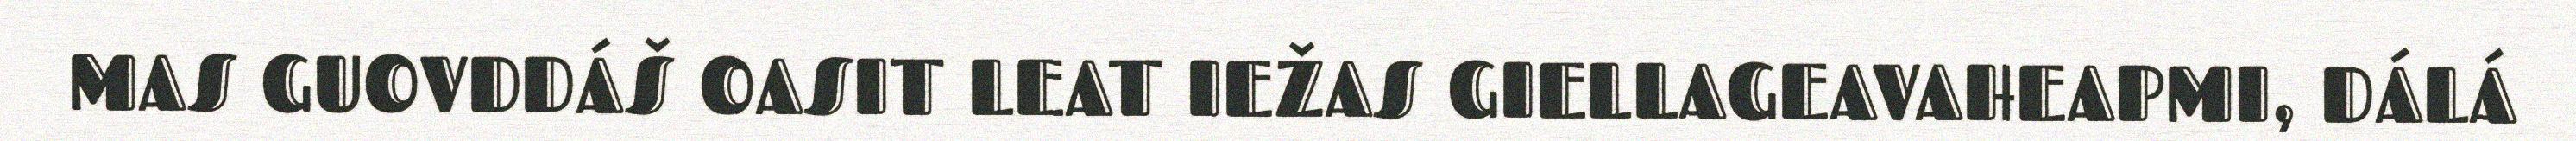
MAS GUOVDDÁŠ OASIT LEAT IEŽAS GIELLAGEAVAHEAPMI, DÁLÁ